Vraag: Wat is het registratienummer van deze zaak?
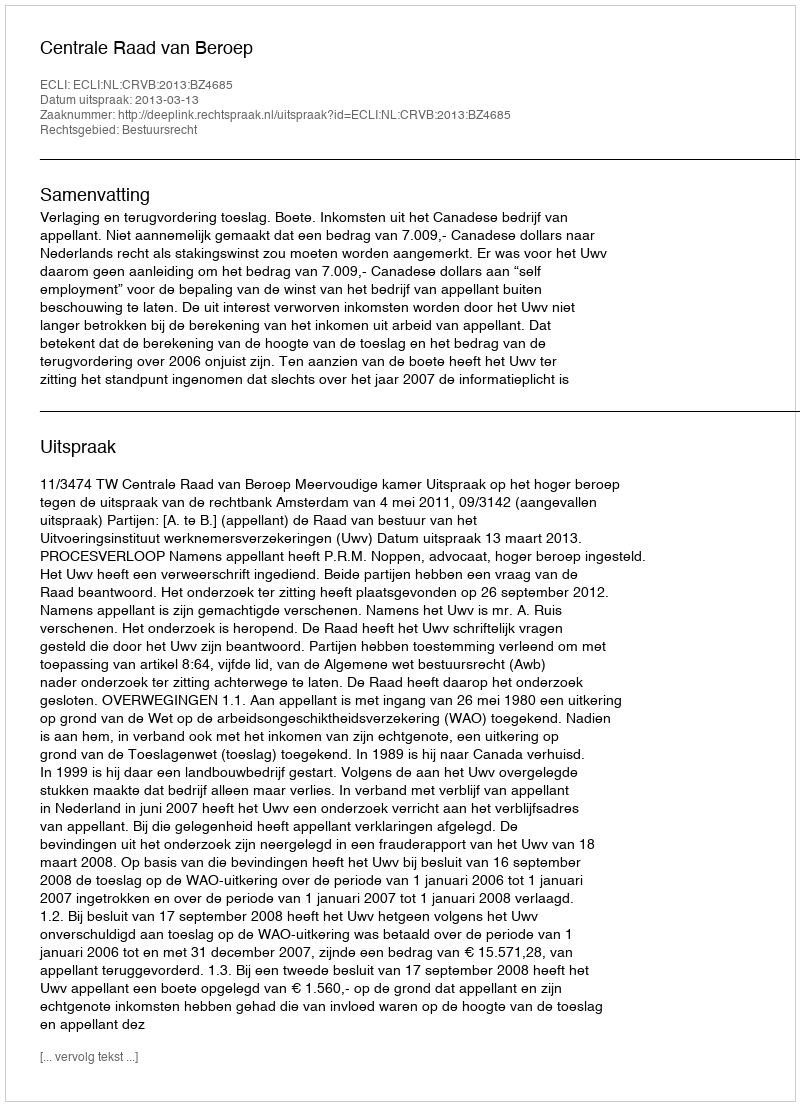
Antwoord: http://deeplink.rechtspraak.nl/uitspraak?id=ECLI:NL:CRVB:2013:BZ4685